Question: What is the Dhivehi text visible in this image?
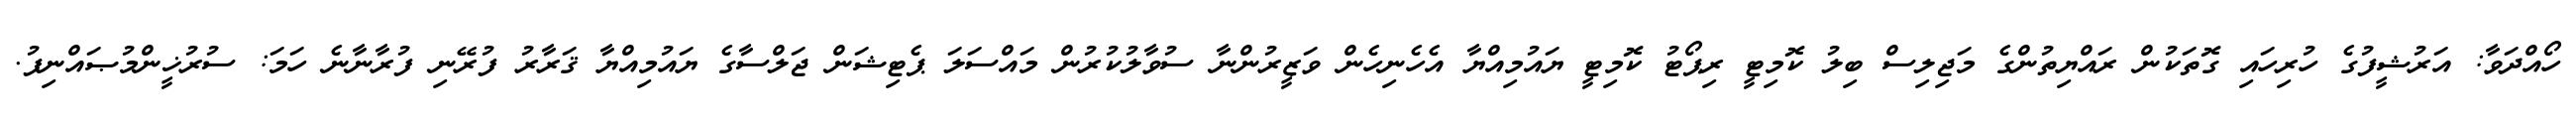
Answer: ހޯއްދަވާ: އަރުޝީފުގެ ހުރިހައި ގޮތަކުން ރައްޔިތުންގެ މަޖިލިސް ބިލު ކޮމިޓީ ރިޕޯޓު ކޮމިޓީ ޔައުމިއްޔާ އެހެނިހެން ވަޒީރުންނާ ސުވާލުކުރުން މައްސަލަ ޕެޓިޝަން ޖަލްސާގެ ޔައުމިއްޔާ ޤަރާރު ފުރޭނި ފުރާނާނެ ހަމަ: ސުރުޚީންމުޞައްނިފު.